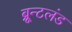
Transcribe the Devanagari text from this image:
ब्रून्टलंड